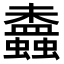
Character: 𧔵